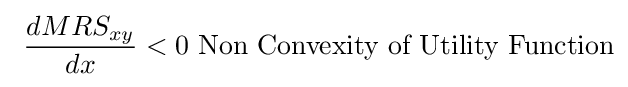
\ {\frac {dMRS_{xy}}{dx}}<0{\text{   Non Convexity of Utility Function}}